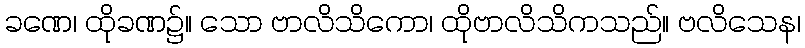
ခဏေ၊ ထိုခဏ၌။ သော ဗာလိသိကော၊ ထိုဗာလိသိကသည်။ ဗလိသေန၊